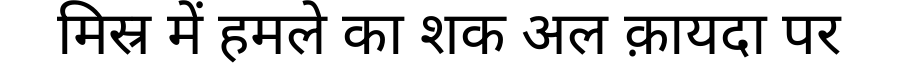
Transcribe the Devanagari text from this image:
मिस्र में हमले का शक अल क़ायदा पर